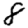
Digit: 8